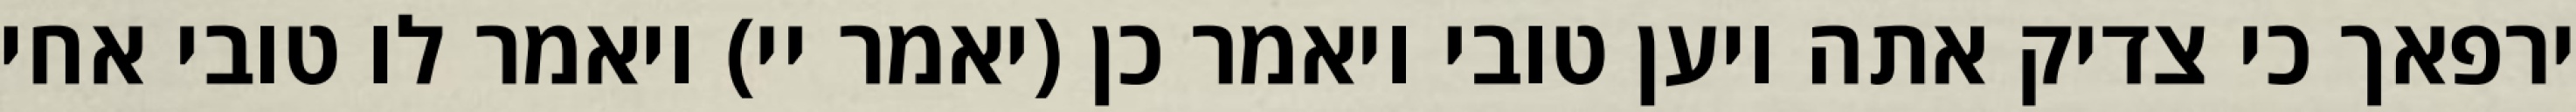
ירפאך כי צדיק אתה ויען טובי ויאמר כן (יאמר יי) ויאמר לו טובי אחי